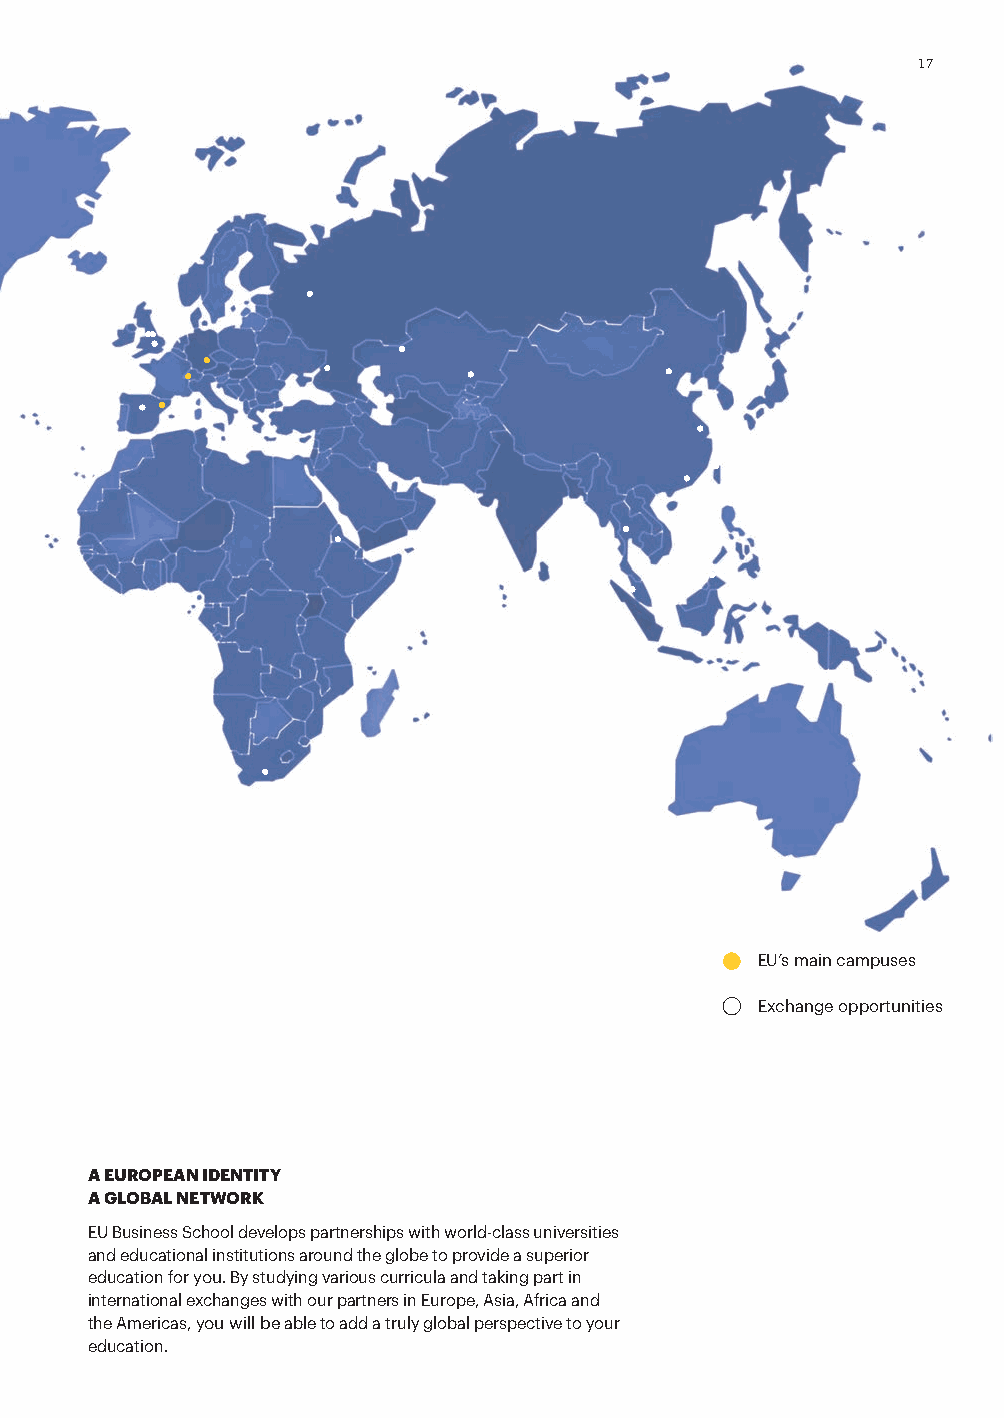
17
 EU’s main campuses
 Exchange opportunities
 A EUROPEAN IDENTITY
 A GLOBAL NETWORK
 EU Business School develops partnerships with world-class universities
 and educational institutions around the globe to provide a superior
 education for you. By studying various curricula and taking part in
 international exchanges with our partners in Europe, Asia, Africa and
 the Americas, you will be able to add a truly global perspective to your
 education.